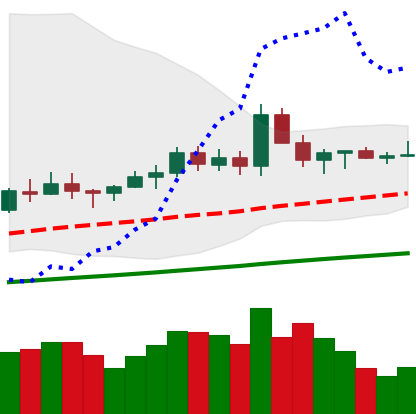
Ticker: ETC-USD
Chart end date: 2021-03-20
Forward return: -9.628%
Label: down_7plus